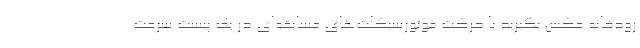
رودخانه عکس بگیرید یا حرکت موتورسیکلت‌های مسابقه‌ای در یک پیست سرعت